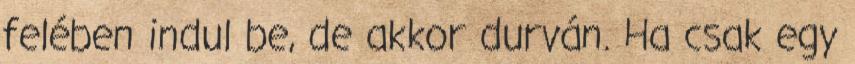
felében indul be, de akkor durván. Ha csak egy